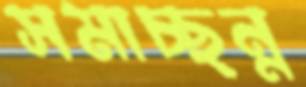
সমাচ্ছন্ন